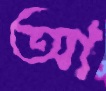
আ